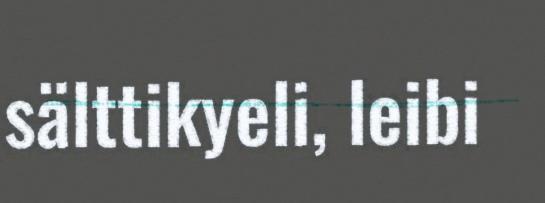
sälttikyeli, leibi